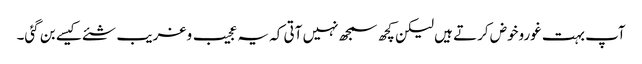
آپ بہت غوروخوض کرتے ہیں لیکن کچھ سمجھ نہیں آتی کہ یہ عجیب و غریب شئے کیسے بن گئی۔